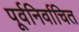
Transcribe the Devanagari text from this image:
पूर्वनिर्वाचित